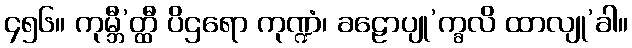
၄၅၆။ ကုမ္ဘီ’တ္ထီ ပိဌရော ကုဏ္ဍံ၊ ခဠောပျု’က္ခလိ ထာလျု’ခါ။